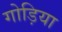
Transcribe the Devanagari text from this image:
गोड़िया